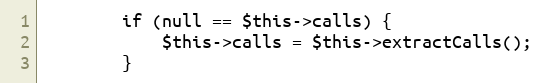
Language: PHP
        if (null == $this->calls) {
            $this->calls = $this->extractCalls();
        }